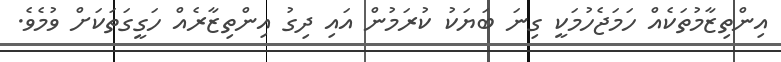
އިންތިޒާމުތަކެއް ހަމަޖެހުމަކީ ގިނަ ބަޔަކު ކުރަމުން އައި ދިގު އިންތިޒާރެއް ހަގީގަތަކަށް ވުމެވެ.